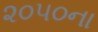
૨૦૫૦ના